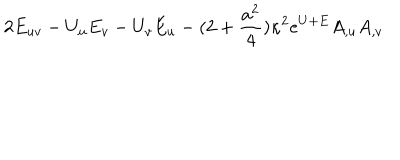
2 E _ { u v } - U _ { u } E _ { v } - U _ { v } E _ { u } - ( 2 + { \frac { a ^ { 2 } } { 4 } } ) \kappa ^ { 2 } e ^ { U + E } A _ { , u } A _ { , v }